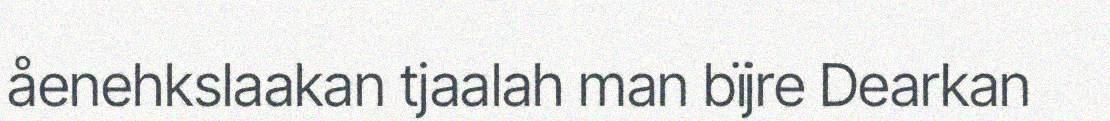
åenehkslaakan tjaalah man bïjre Dearkan